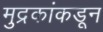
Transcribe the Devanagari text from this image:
मुद्रकांकडून